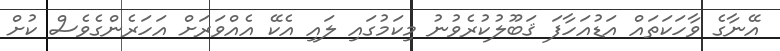
އޭނާގެ ވާހަކަތައް އަޑުއަހާފަ ޤަބޫލުކުރެވުނު މިކަމުގައި ލައި އެކޭ އެއްވަރަށް އަހަރެންގެވެސް ކުށް